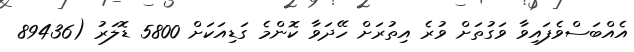
އެއްބަސްވެފައިވާ ވަގުތަށް ވުރެ އިތުރަށް ހޭދަވާ ކޮންމެ ގަޑިއަކަށް 5800 ޑޮލަރު (89436